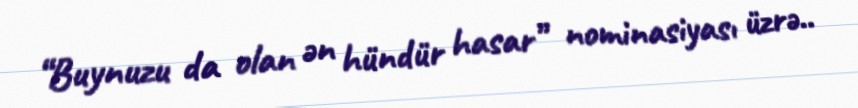
“Buynuzu da olan ən hündür hasar” nominasiyası üzrə..